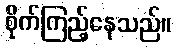
စိုက်ကြည့်နေသည်။